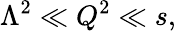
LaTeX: \Lambda^{2}\ll Q^{2}\ll s,